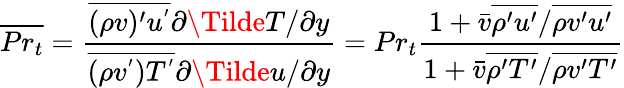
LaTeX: \overline{{Pr_{t}}}=\frac{\overline{{(\rho v)^{\prime}u^{'}}}\partial\Tilde{T}/\partial y}{\overline{{(\rho v^{'})T^{'}}}\partial\Tilde{u}/\partial y}=Pr_{t}\frac{1+\bar{v}\overline{{\rho^{\prime}u^{\prime}}}/\overline{{\rho v^{\prime}u^{\prime}}}}{1+\bar{v}\overline{{\rho^{\prime}T^{\prime}}}/\overline{{\rho v^{\prime}T^{\prime}}}}